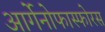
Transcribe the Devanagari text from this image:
आर्गेनोफास्फोरस